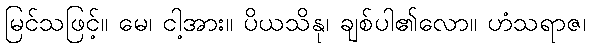
မြင်သဖြင့်။ မေ၊ ငါ့အား။ ပိယသိနု၊ ချစ်ပါ၏လော။ ဟံသရာဇ၊